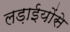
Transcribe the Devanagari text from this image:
लड़ाईयोंसे